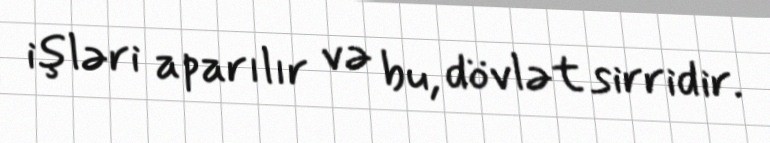
işləri aparılır və bu, dövlət sirridir.